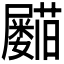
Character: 𡳵